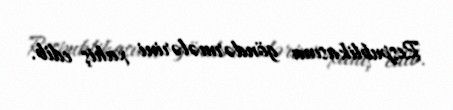
Respublikasına göndərmələrini xahiş edib.